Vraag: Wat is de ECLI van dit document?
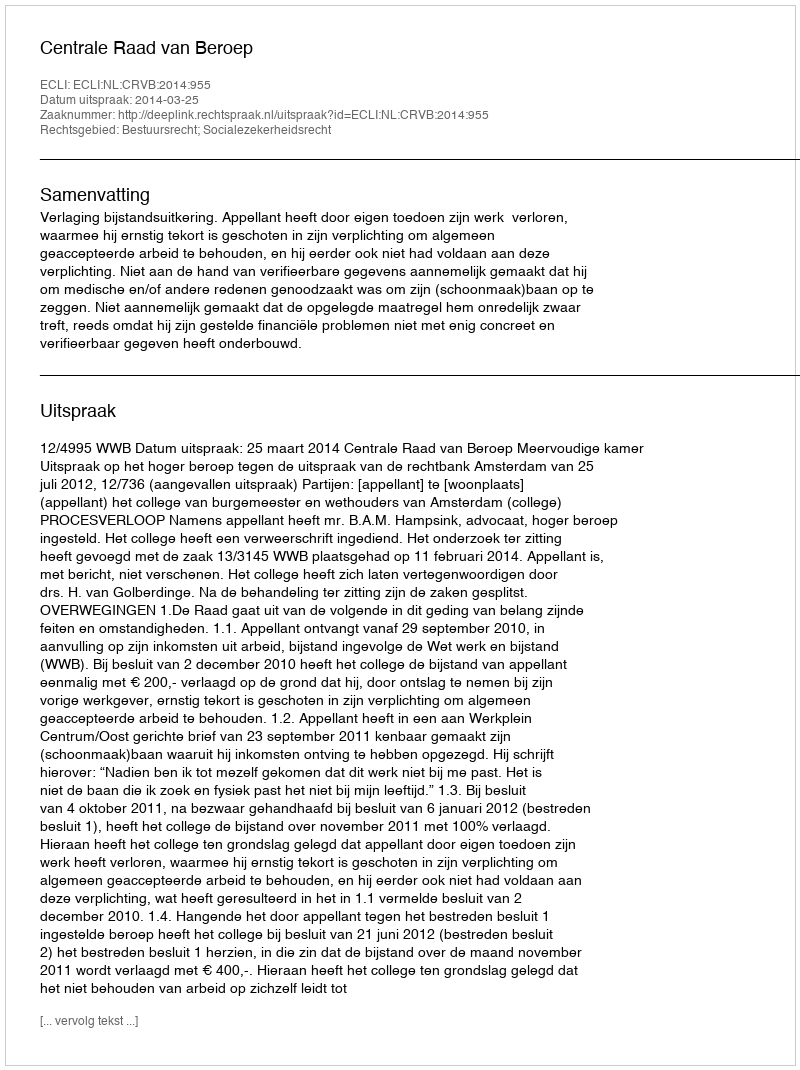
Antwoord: ECLI:NL:CRVB:2014:955